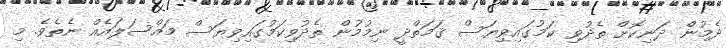
ދެމުން ދަނިކޮށް ތެދުވި ކަމުގައިވިޔަސް ޤަމަތްދީ ނިމުމުން ތެދުވިކަމުގައިވިޔަސް މައްސަލައެއް ނެތެވެ. މި